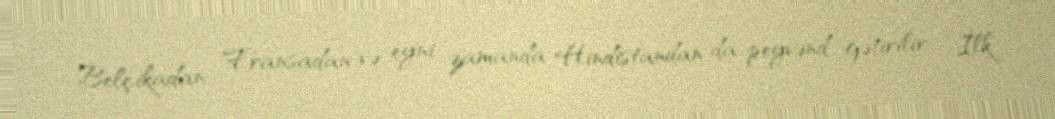
Belçikadan, Fransadan və eyni zamanda Hindistandan da peyvənd gətirilir: “İlk